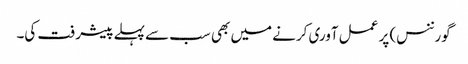
گورننس) پر عمل آوری کرنے میں بھی سب سے پہلے پیشرفت کی۔